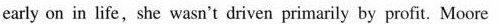
early on in life,she wasn't driven primarily by profit. Moore